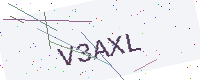
Text: V3AXL